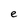
Character: e